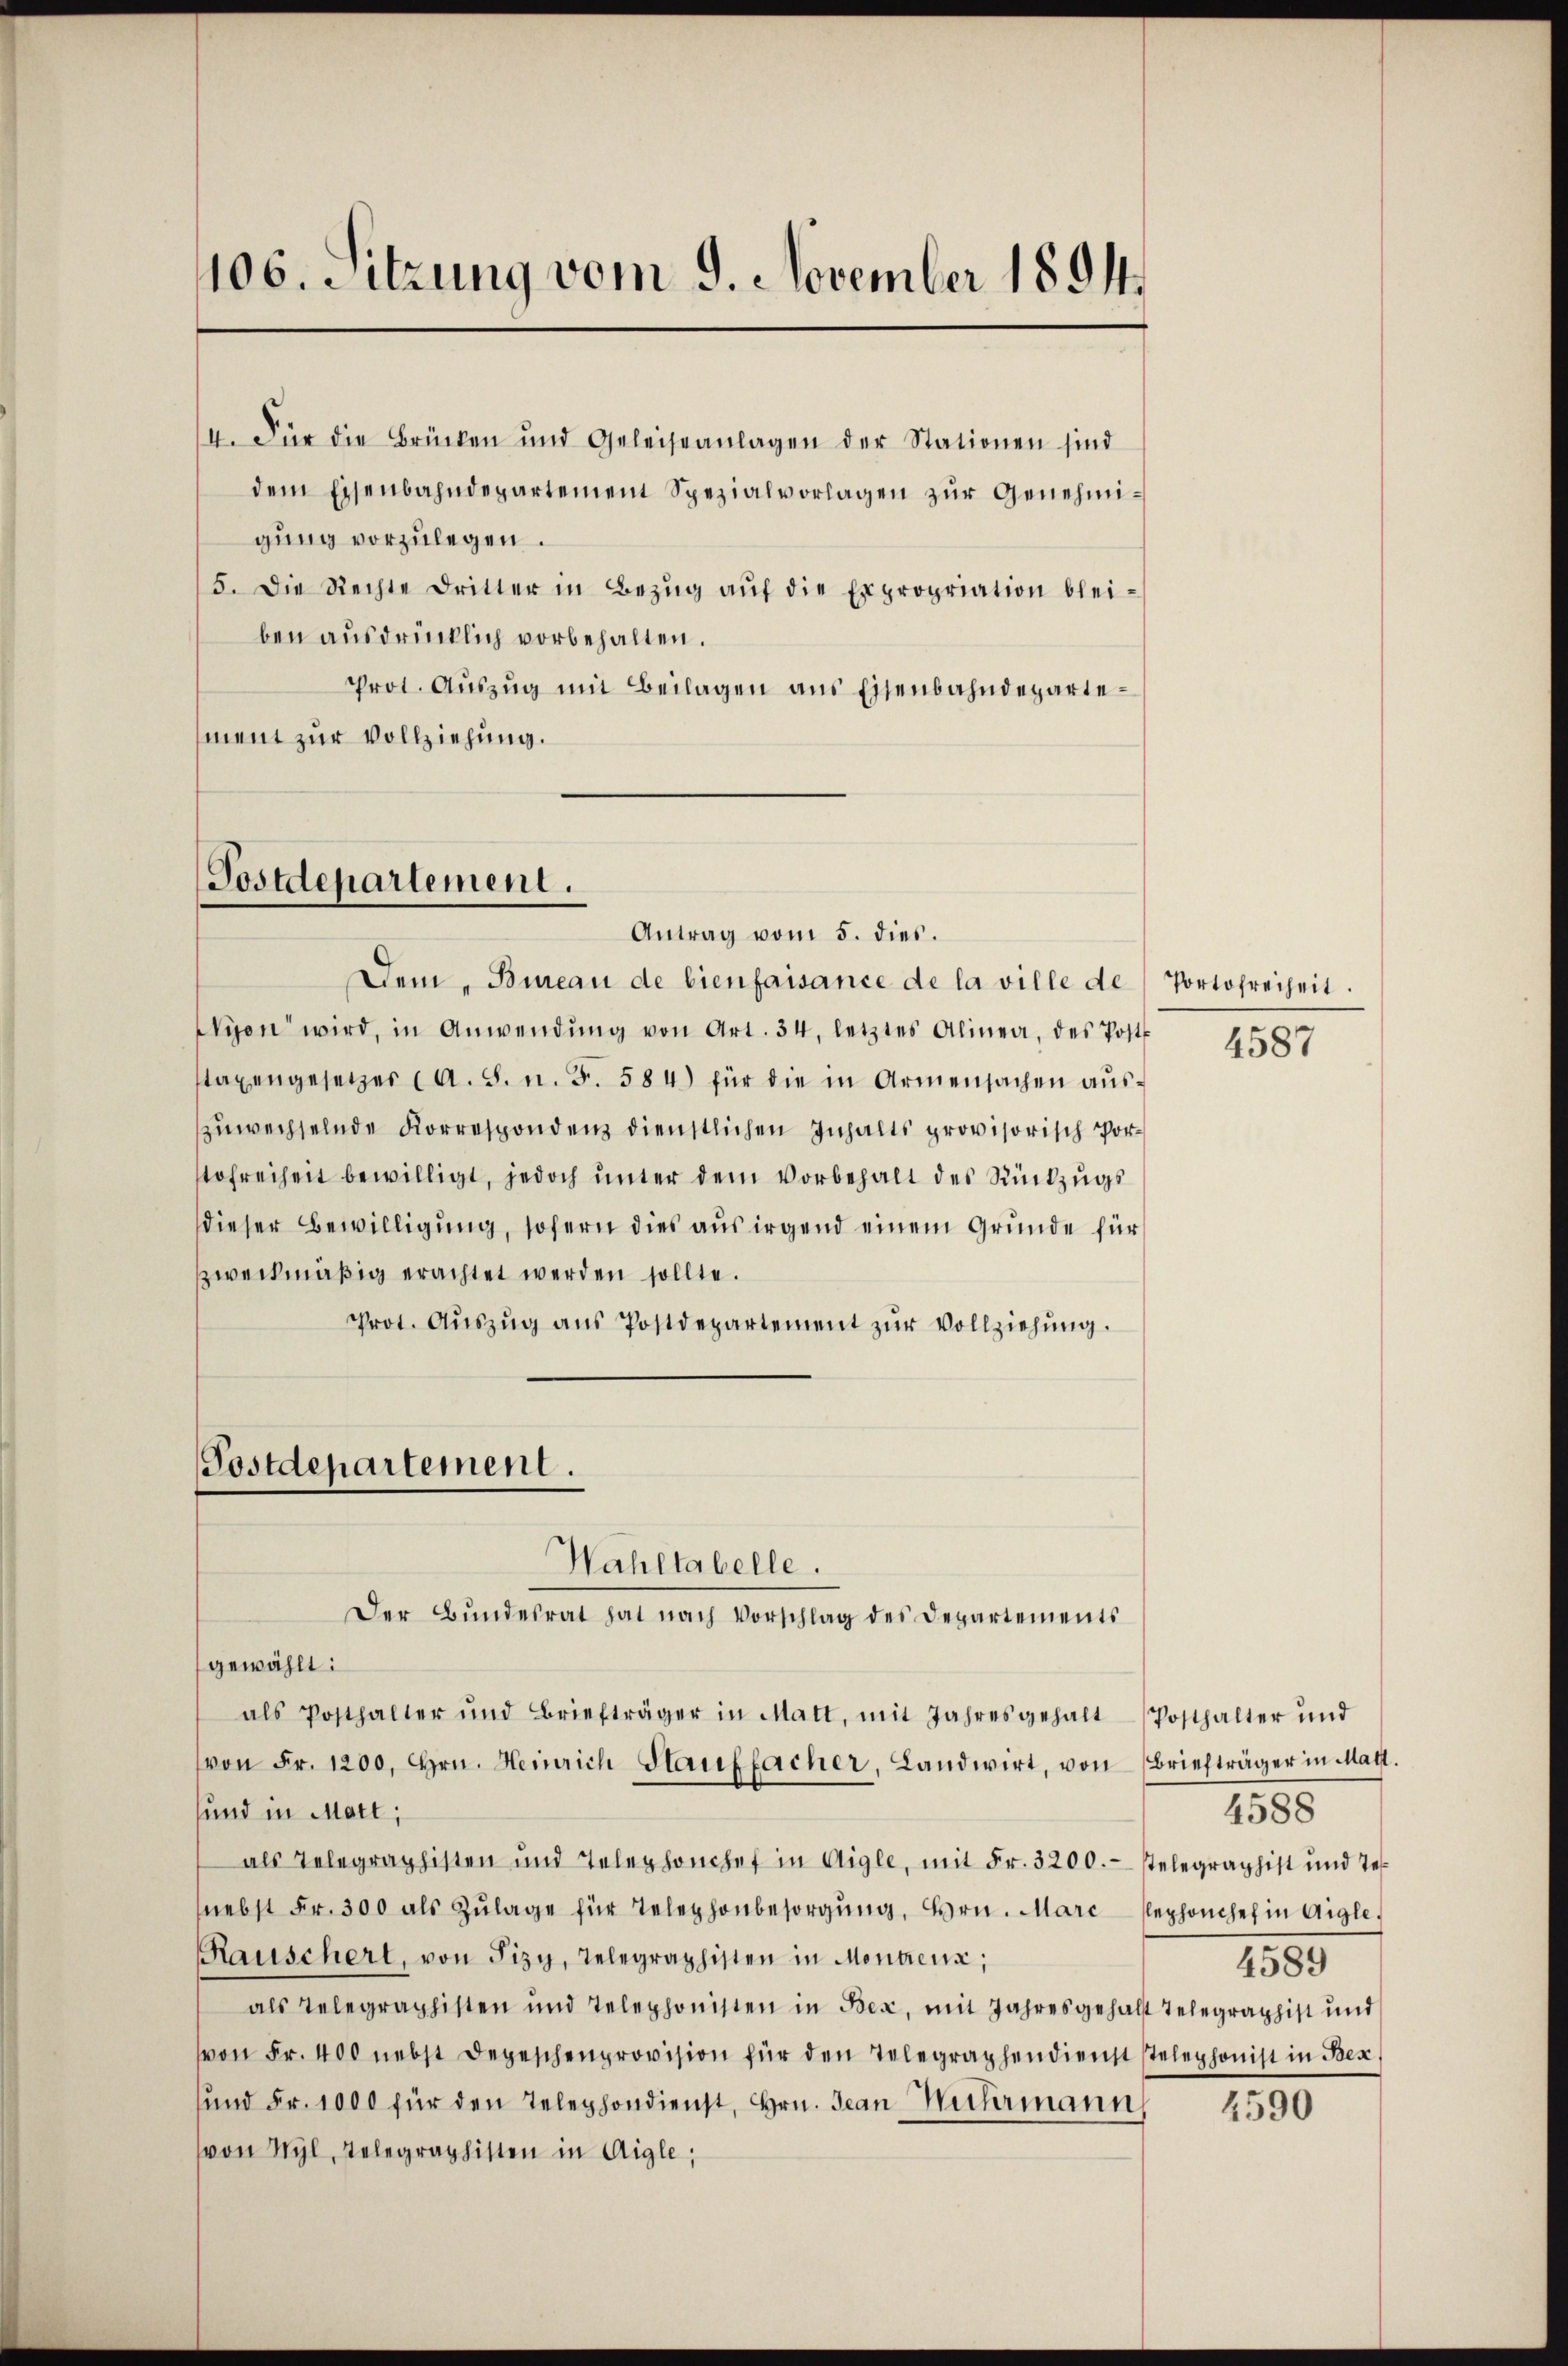
106. Sitzung vom 9. November 1894.

4. Für die Brücken und Geleiseanlagen der Stationen sind
dem Eisenbahndepartement Spezialvorlagen zur Genehmigung vorzulegen.
5. Die Rechte dritter in Bezŭg aŭf die Expropriation blei-
ben ausdrücklich vorbehalten.
Prot. Aŭszŭg mit Beilagen ans Eisenbahndepartement zur Vollziehung.

Postdepartement.
Antrag vom 5. dies.

Dem Bureau de bienfaisance de la ville de
Wyen wird, in Anwendŭng von Art. 34, letztes Alinea, des Post
tagengesetzer (A. S. n. F. 584) für die in Armensachen aŭs-
zuwechselnde Korrespondenz dienstlichen Inhalts provisorisch Vorofreiheit bewilligt, jedoch unter dem Vorbehalt des Rückzugs
dieser Bewilligung, sofern dies aus irgend einem Grunde für
zweckmäßig erachtet werden sollte.
Prot. Aŭszŭg aŭs Postdepartement zŭr Vollziehŭng.
Postdepartement.

Wahltabelle.
Der Bundesrat hat nach Vorschlag des Departements

gewählt:
als Posthalter und Briefträger in Matt, mit Jahresgehalt Posthalter und
von Fr. 1200. Hrn. Heinrich Stauffacher, Landwirt, von Briefträger in Matt.
sund in Mart;
als Telegraphisten und Telephonchef in Aigle, mit Fr. 3200.- stelegraphist und Tes
(nebst Fr. 300 als Zŭlage für Telephonbesorgŭng, Hrn. Marc Cephonchef in Aigle,
Rauschert, von Sizy, Telegraphisten in Montrena,
als Telegraphisten und Telephonisten in Bez, mit Jahresgehalt Telegraphist und
von Fr. 400 nebst Depeschenprovision für den Telegraphendienst stelephonist in Bez
und Fr. 1000 für den Telephondienst, Hrn. Jean Mithermann
(von Wyl, Telegraphisten in Aigle,

Portofreiheit.

4587

4588
4589

4590